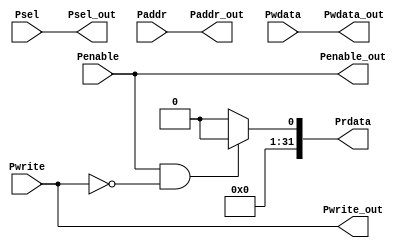
module apb_interface(input Penable,Pwrite,
                      input [31:0]Pwdata,Paddr,
                      input [2:0]Psel,
                      output Penable_out,Pwrite_out,
                      output [2:0]Psel_out,
                      output [31:0]Pwdata_out,Paddr_out,
                      output reg [31:0]Prdata);
                  


always@(*)
  begin

    if(Penable && ~Pwrite)
       Prdata = {$random} ;
     
	  
	  else
    //if(~Penable && Pwrite) 
        Prdata = 32'd0;

    end


assign Penable_out = Penable;
assign Pwrite_out  = Pwrite;
assign Psel_out    = Psel;
assign Pwdata_out  = Pwdata;
assign Paddr_out   = Paddr;

endmodule